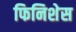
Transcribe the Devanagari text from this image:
फिनिशेस